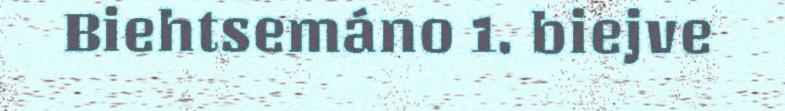
Biehtsemáno 1. biejve